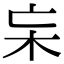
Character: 杗